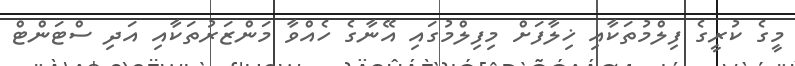
މީގެ ކުރީގެ ފިލްމުތަކާއި ޚިލާފަށް މިފިލްމުގައި އޭނާގެ ހެއްވާ މަންޒަރުތަކާއި އަދި ސްޓަންޓް